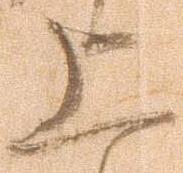
上